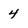
Character: 4